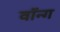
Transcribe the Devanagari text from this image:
वॉन्ग